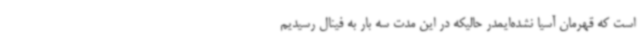
است که قهرمان آسیا نشده‌ایمدر حالیکه در این مدت سه بار به فینال رسیدیم